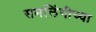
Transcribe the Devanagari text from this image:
समलिंगीच्या